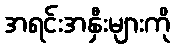
အရင်းအနှီးများကို